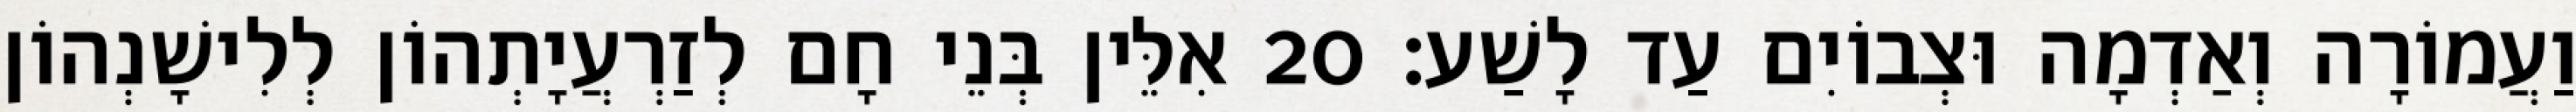
וַעֲמוֹרָה וְאַדְמָה וּצְבוֹיִם עַד לָשַׁע׃ 20 אִלֵּין בְּנֵי חָם לְזַרְעֲיָתְהוֹן לְלִישָׁנְהוֹן